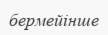
бермейінше